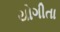
યોગીતા